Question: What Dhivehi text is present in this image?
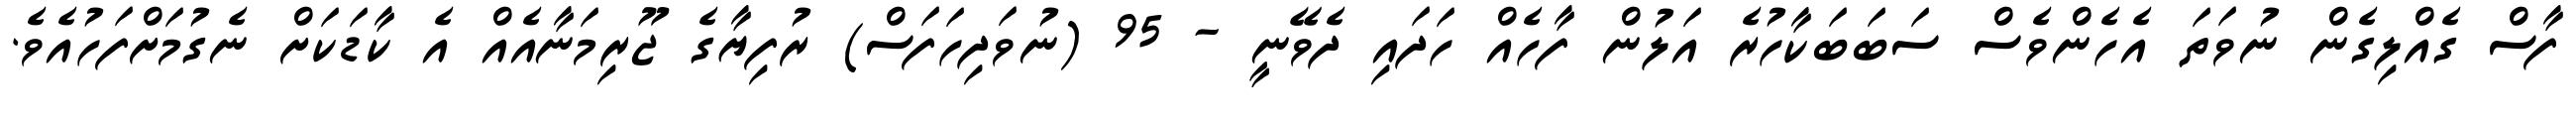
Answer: ފާސް ގެއްލިގެން ނުވަތަ އެހެންވެސް ސަބަބަކާހުރެ އަލުން ފާހެއް ހަދައި ދެވޭނީ - 95 (ނުވަދިހަފަސް) ރުފިޔާގެ ޖޫރިމަނާއެއް އެ ކާޑަކަށް ނެގުމަށްފަހުއެވެ.